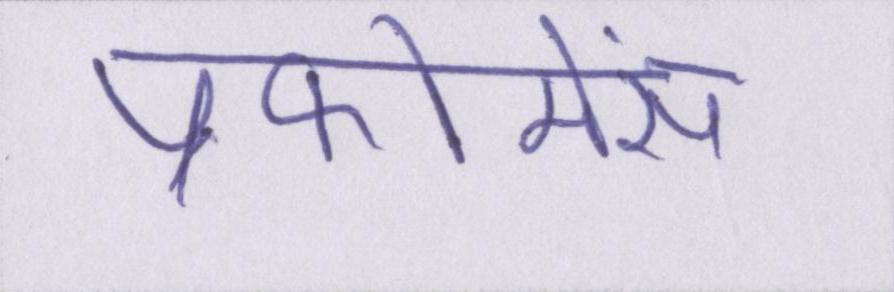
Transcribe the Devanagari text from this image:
प्रफोमेंस